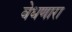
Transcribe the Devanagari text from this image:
वेधणारा